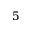
5